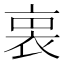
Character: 𧙬